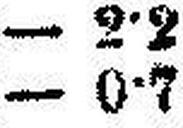
— 0•7